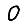
Digit: 0